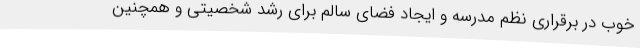
خوب در برقراری نظم مدرسه و ایجاد فضای سالم برای رشد شخصیتی و همچنین